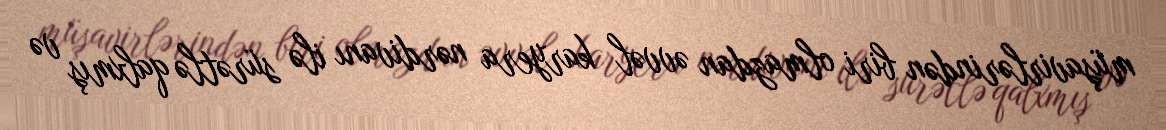
müşavirlərindən biri olmazdan əvvəl karyera nərdivanı ilə sürətlə qalxmış və